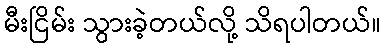
မီးငြိမ်း သွားခဲ့တယ်လို့ သိရပါတယ်။